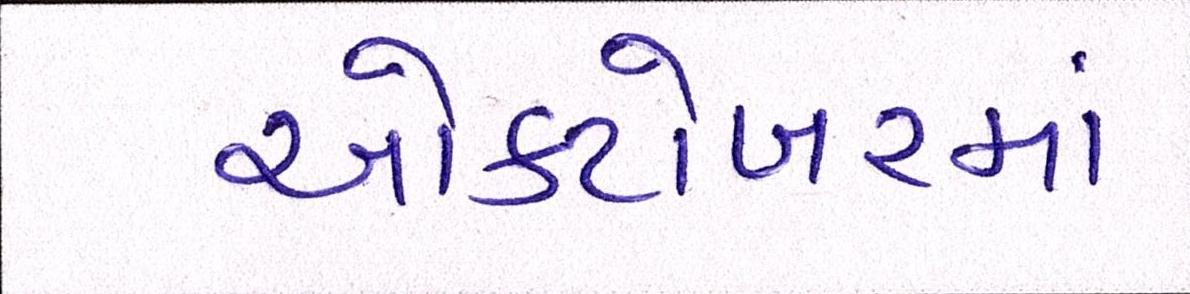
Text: ઓક્ટોબરમાં